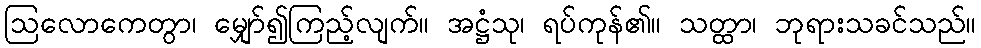
ဩလောကေတွာ၊ မျှော်၍ကြည့်လျက်။ အဋ္ဌံသု၊ ရပ်ကုန်၏။ သတ္ထာ၊ ဘုရားသခင်သည်။